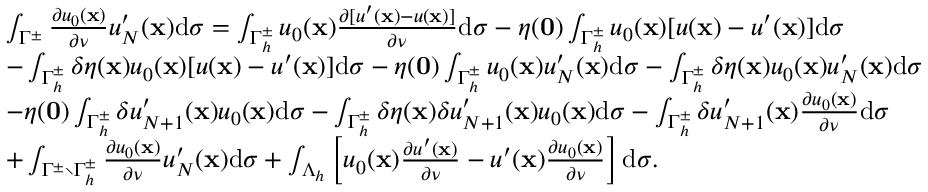
\begin{array} { r l } & { \int _ { { \Gamma ^ { \pm } } } { \frac { \partial { u _ { 0 } } ( \mathbf x ) } { \partial \nu } } u _ { N } ^ { \prime } ( \mathbf x ) \mathrm d \sigma = \int _ { { \Gamma _ { h } ^ { \pm } } } { { u _ { 0 } } ( \mathbf x ) { \frac { \partial [ u ^ { \prime } ( \mathbf x ) - u ( \mathbf x ) ] } { \partial \nu } } } \mathrm d \sigma - \eta ( \mathbf 0 ) \int _ { { \Gamma _ { h } ^ { \pm } } } { { u _ { 0 } } ( \mathbf x ) [ u ( \mathbf x ) - u ^ { \prime } ( \mathbf x ) ] } \mathrm d \sigma } \\ & { - \int _ { { \Gamma _ { h } ^ { \pm } } } \delta \eta ( \mathbf x ) { { u _ { 0 } } ( \mathbf x ) [ u ( \mathbf x ) - u ^ { \prime } ( \mathbf x ) ] } \mathrm d \sigma - \eta ( \mathbf 0 ) \int _ { { \Gamma _ { h } ^ { \pm } } } { { u _ { 0 } } ( \mathbf x ) } u _ { N } ^ { \prime } ( \mathbf x ) \mathrm d \sigma - \int _ { { \Gamma _ { h } ^ { \pm } } } \delta \eta ( \mathbf x ) { { u _ { 0 } } ( \mathbf x ) } u _ { N } ^ { \prime } ( \mathbf x ) \mathrm d \sigma } \\ & { - \eta ( \mathbf 0 ) \int _ { { \Gamma _ { h } ^ { \pm } } } \delta { u _ { N + 1 } ^ { \prime } } ( \mathbf x ) { u _ { 0 } } ( \mathbf x ) \mathrm d \sigma - \int _ { { \Gamma _ { h } ^ { \pm } } } \delta \eta ( \mathbf x ) \delta { u _ { N + 1 } ^ { \prime } } ( \mathbf x ) { u _ { 0 } } ( \mathbf x ) \mathrm d \sigma - \int _ { { \Gamma _ { h } ^ { \pm } } } \delta { u _ { N + 1 } ^ { \prime } ( \mathbf x ) { \frac { \partial { u _ { 0 } } ( \mathbf x ) } { \partial \nu } } } \mathrm d \sigma } \\ & { + \int _ { { \Gamma ^ { \pm } \setminus \Gamma _ { h } ^ { \pm } } } { \frac { \partial { u _ { 0 } } ( \mathbf x ) } { \partial \nu } } u _ { N } ^ { \prime } ( \mathbf x ) \mathrm d \sigma + \int _ { \Lambda _ { h } } \left[ { { u _ { 0 } ( \mathbf x ) } { \frac { \partial u ^ { \prime } ( \mathbf x ) } { \partial \nu } } - u ^ { \prime } ( \mathbf x ) } { \frac { \partial { u _ { 0 } } ( \mathbf x ) } { \partial \nu } } \right] \mathrm d \sigma . } \end{array}